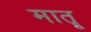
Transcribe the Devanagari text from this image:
मातॄ